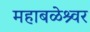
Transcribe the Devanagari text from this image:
महाबळेश्र्वर